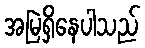
အမြဲရှိနေပါသည်